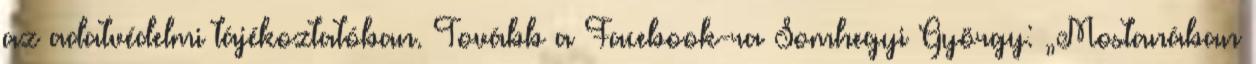
az adatvédelmi tájékoztatóban. Tovább a Facebook-ra Somhegyi György: „Mostanában